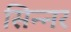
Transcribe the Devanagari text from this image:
सिन्‍नर